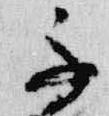
不